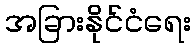
အခြားနိုင်ငံရေး